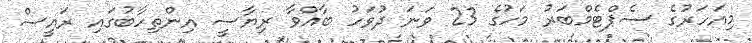
މިއަހަރުގެ ސެޕްޓެމްބަރު މަހުގެ 23 ވަނަ ދުވަހު ބާއްވާ ރިޔާސީ އިންތިހާބުގައި ރައީސް